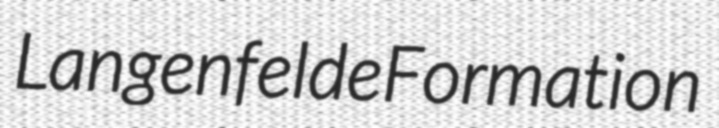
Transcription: Langenfelde Formation